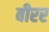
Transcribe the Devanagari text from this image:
बीरर